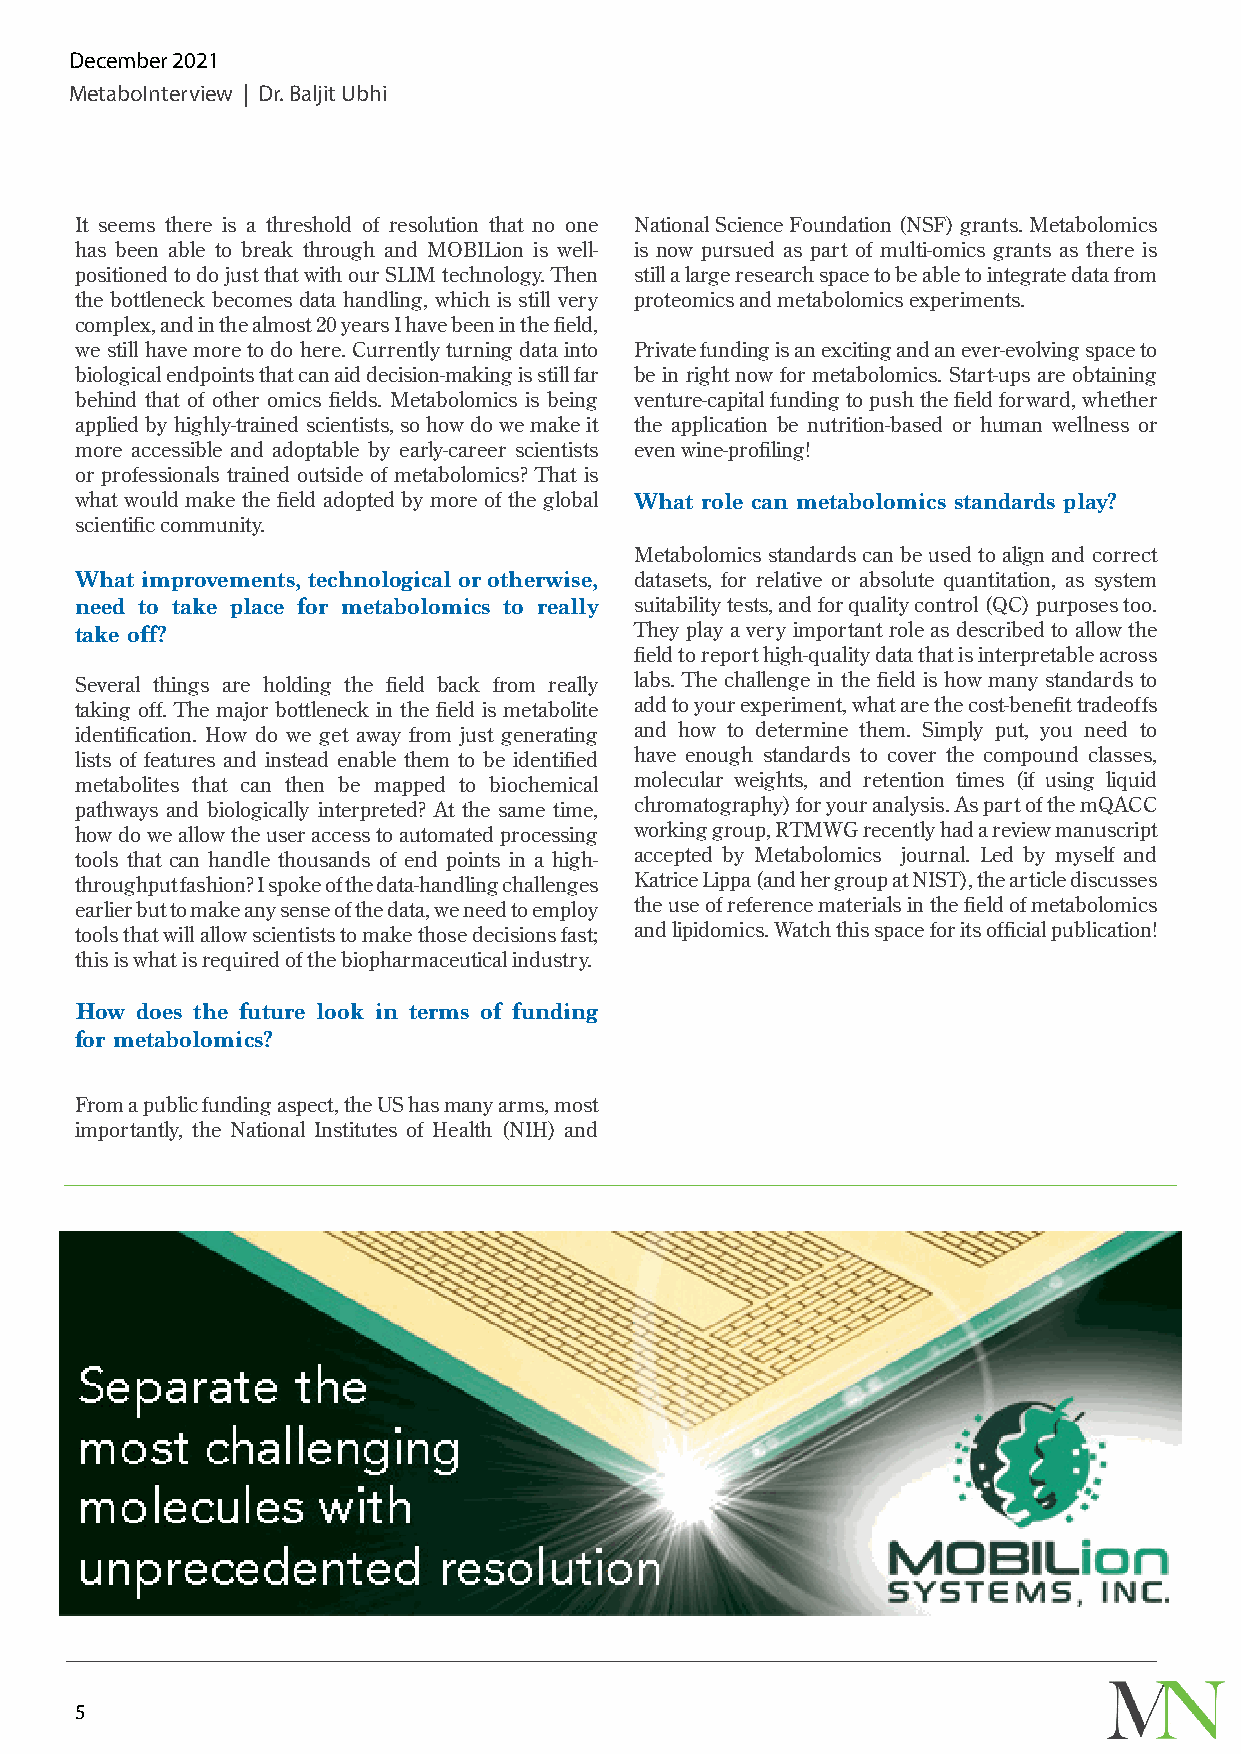
December 2021
 MetaboInterview | Dr. Baljit Ubhi
 It seems there is a threshold of resolution that no one National Science Foundation (NSF) grants. Metabolomics
 has been able to break through and MOBILion is well- is now pursued as part of multi-omics grants as there is
 positioned to do just that with our SLIM technology. Then still a large research space to be able to integrate data from
 the bottleneck becomes data handling, which is still very proteomics and metabolomics experiments.
 complex, and in the almost 20 years I have been in the field,
 we still have more to do here. Currently turning data into Private funding is an exciting and an ever-evolving space to
 biological endpoints that can aid decision-making is still far be in right now for metabolomics. Start-ups are obtaining
 behind that of other omics fields. Metabolomics is being venture-capital funding to push the field forward, whether
 applied by highly-trained scientists, so how do we make it the application be nutrition-based or human wellness or
 more accessible and adoptable by early-career scientists even wine-profiling!
 or professionals trained outside of metabolomics? That is
 what would make the field adopted by more of the global What role can metabolomics standards play?
 scientific community.
 Metabolomics standards can be used to align and correct
 What improvements, technological or otherwise, datasets, for relative or absolute quantitation, as system
 need to take place for metabolomics to really suitability tests, and for quality control (QC) purposes too.
 take off?                            They play a very important role as described to allow the
 field to report high-quality data that is interpretable across
 Several things are holding the field back from really labs. The challenge in the field is how many standards to
 taking off. The major bottleneck in the field is metabolite add to your experiment, what are the cost-benefit tradeoffs
 identification. How do we get away from just generating and how to determine them. Simply put, you need to
 lists of features and instead enable them to be identified have enough standards to cover the compound classes,
 metabolites that can then be mapped to biochemical molecular weights, and retention times (if using liquid
 pathways and biologically interpreted? At the same time, chromatography) for your analysis. As part of the mQACC
 how do we allow the user access to automated processing working group, RTMWG recently had a review manuscript
 tools that can handle thousands of end points in a high- accepted by Metabolomics journal. Led by myself and
 throughput fashion? I spoke of the data-handling challenges Katrice Lippa (and her group at NIST), the article discusses
 earlier but to make any sense of the data, we need to employ the use of reference materials in the field of metabolomics
 tools that will allow scientists to make those decisions fast; and lipidomics. Watch this space for its official publication!
 this is what is required of the biopharmaceutical industry.
 How does the future look in terms of funding
 for metabolomics?
 From a public funding aspect, the US has many arms, most
 importantly, the National Institutes of Health (NIH) and
 5